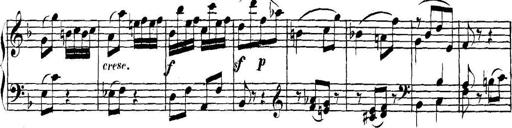
Title: Collected Piano Sonatas
Composer: Muzio Clementi